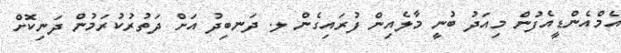
އެމްއެންޑީއެފުން މިއަދު ބުނީ މާލެއިން ފުރައިގެން ލ. ދަނބިދު އަށް ދަތުރުކުރަމުން ދަނިކޮށް